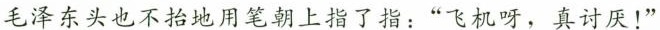
毛泽东头也不抬地用笔朝上指了指：”飞机呀，真讨厌！”